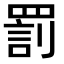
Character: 罰